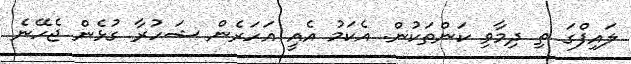
ލައިފްގަ ތި ދިމާވި ކަންތަކުން. އެކަމު އެއީ އަހަރެން ޝަހުރާ ގުޅެން ޖެހޭނެ